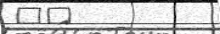
٤٥